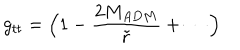
LaTeX: g _ { t t } = \Big ( 1 - { \frac { 2 M _ { A D M } } { \tilde { r } } } + \cdots \Big )